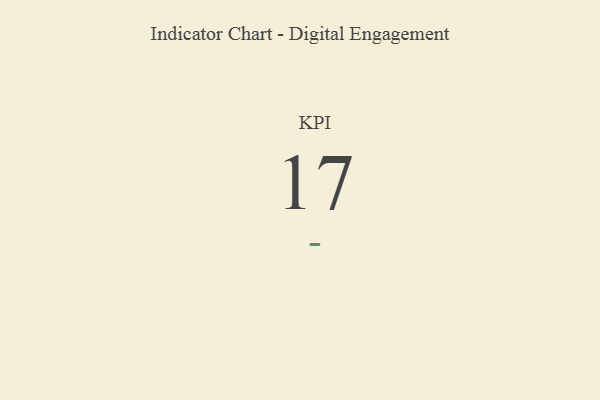
{"axis": {"x": "KPI", "y": "Value"}, "legend": [""], "data": [{"x": "KPI", "y": 17, "type": ""}]}